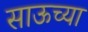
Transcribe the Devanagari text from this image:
साऊच्या